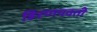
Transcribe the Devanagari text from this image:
हिरणयवती